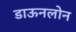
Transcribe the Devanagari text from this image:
डाऊनलोन